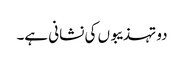
دو تہذیبوں کی نشانی ہے۔